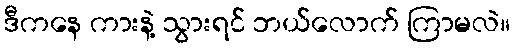
ဒီကနေ ကားနဲ့ သွားရင် ဘယ်လောက် ကြာမလဲ။